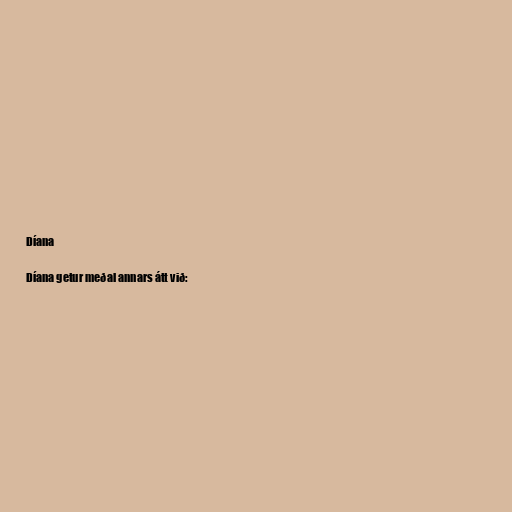
Díana

Díana getur meðal annars átt við: